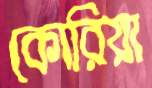
কোরিয়া